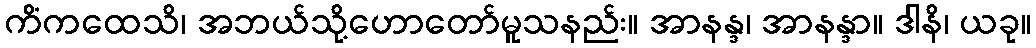
ကိံကထေသိ၊ အဘယ်သို့ဟောတော်မူသနည်း။ အာနန္ဒ၊ အာနန္ဒာ။ ဒါနိ၊ ယခု။